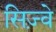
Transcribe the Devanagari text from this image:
सिज़्वे